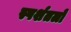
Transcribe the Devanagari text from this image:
स्पर्शतलों